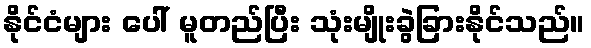
နိုင်ငံများ ပေါ် မူတည်ပြီး သုံးမျိုးခွဲခြားနိုင်သည်။